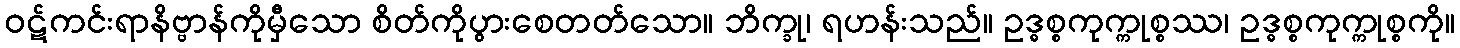
ဝဋ်ကင်းရာနိဗ္ဗာန်ကိုမှီသော စိတ်ကိုပွားစေတတ်သော။ ဘိက္ခု၊ ရဟန်းသည်။ ဥဒ္ဓစ္စကုက္ကုစ္စဿ၊ ဥဒ္ဓစ္စကုက္ကုစ္စကို။